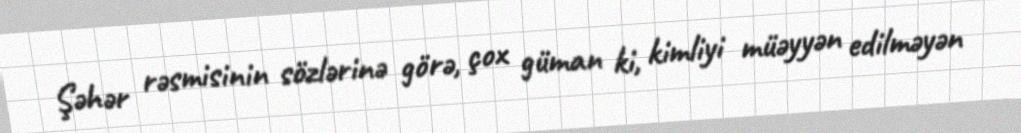
Şəhər rəsmisinin sözlərinə görə, çox güman ki, kimliyi müəyyən edilməyən